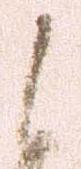
候